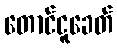
တောင်ငူခေတ်